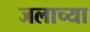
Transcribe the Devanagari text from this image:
जलाच्या